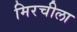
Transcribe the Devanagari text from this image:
मिरचीला